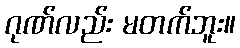
ဂုဏ်လည်း မတက်ဘူး။